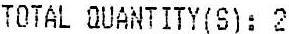
TOTAL QUANTITY(S): 2